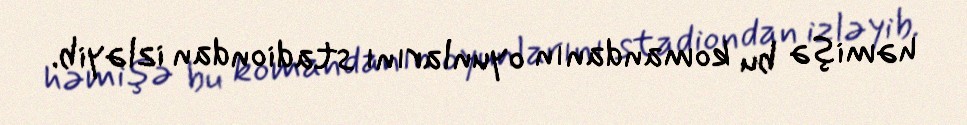
həmişə bu komandanın oyunlarını stadiondan izləyib.